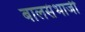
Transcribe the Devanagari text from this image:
बालसंभाजी